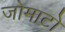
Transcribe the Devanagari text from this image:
जोमाटो